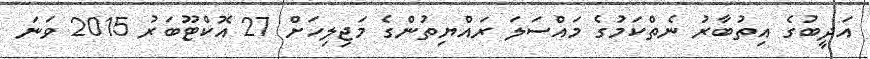
އަދީބުގެ އިތުބާރު ނެތްކަމުގެ މައްސަލަ ރައްޔިތުންގެ މަޖިލިހަށް 27 އޮކްޓޫބަރު 2015 ވަނަ